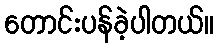
တောင်းပန်ခဲ့ပါတယ်။